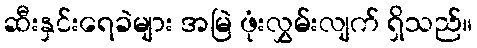
ဆီးနှင်းရေခဲများ အမြဲ ဖုံးလွှမ်းလျက် ရှိသည်။